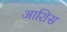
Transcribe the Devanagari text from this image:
आशिस